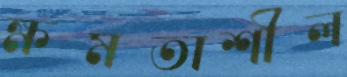
ক্ষমতাশীল